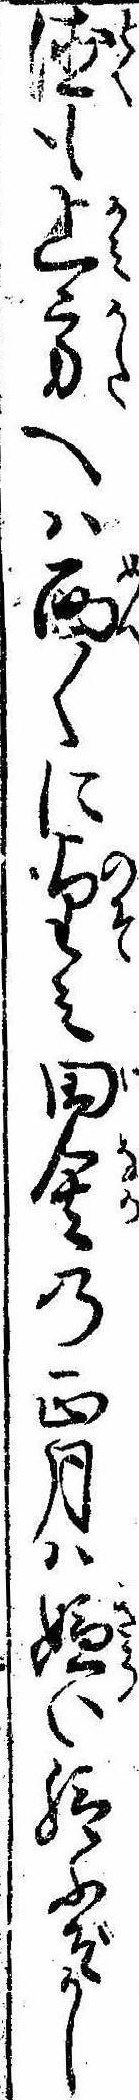
徳も上方へは面〱に望み田舎の正月は嫌い給ふぞかし